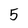
Character: 5